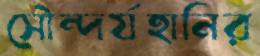
সৌন্দর্যহানির